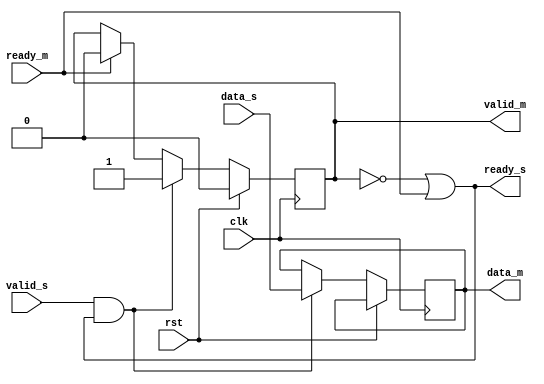
module relay_station_0 #(
    parameter DATA_WIDTH = 8
)(
    input   clk,
    input   rst,

    output  ready_s,
    input   valid_s,
    input   [DATA_WIDTH-1:0]data_s,

    input   ready_m,
    output  reg                 valid_m,
    output  reg [DATA_WIDTH-1:0]data_m
);

always@(posedge clk)
begin
    if(rst)
        valid_m <= 1'b0;
    else if(valid_s && ready_s) begin
        valid_m <= 1'b1;
        data_m  <= data_s;
    end
    else if(ready_m)
        valid_m <= 1'b0;
end

assign ready_s = !valid_m || ready_m;

endmodule